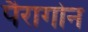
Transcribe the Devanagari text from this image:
पैरागोन